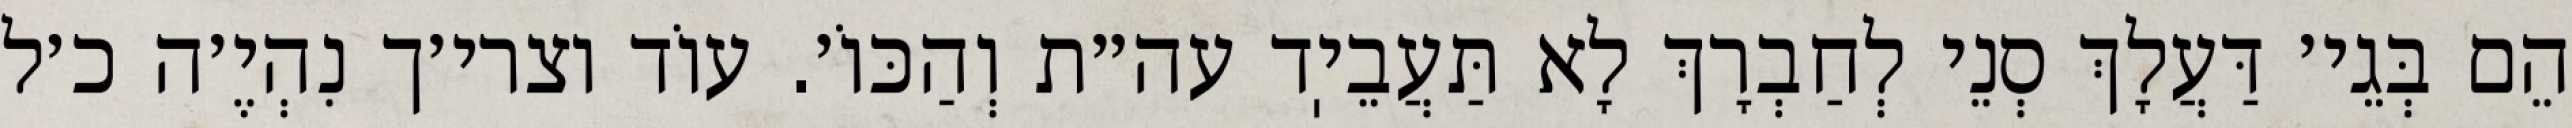
הֵם בְּגֵי׳ דַּעֲלָךְ סְנֵי לְחַבְרָךְ לָא תַּעֲבֵיֽד עה״ת וְהַכּוֹ׳. עוֹד וצרי׳ך נִהְיֶ׳ה כ׳ל